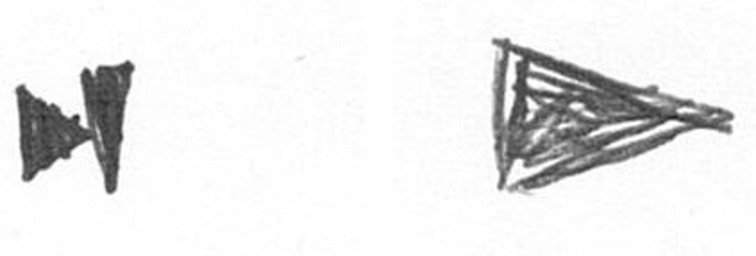
M T